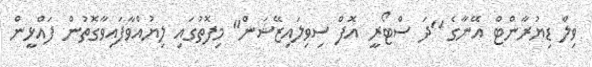
ވިލް ޑިޔުރާންޓް އޭނާގެ ''ދަ ސްޓޯރީ އޮފް ސިވިލައިޒޭޝަން'' މިފޮތުގައި ލިޔުއްވާފައިވާގޮތުން ފައްޅީން